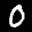
Label: 0